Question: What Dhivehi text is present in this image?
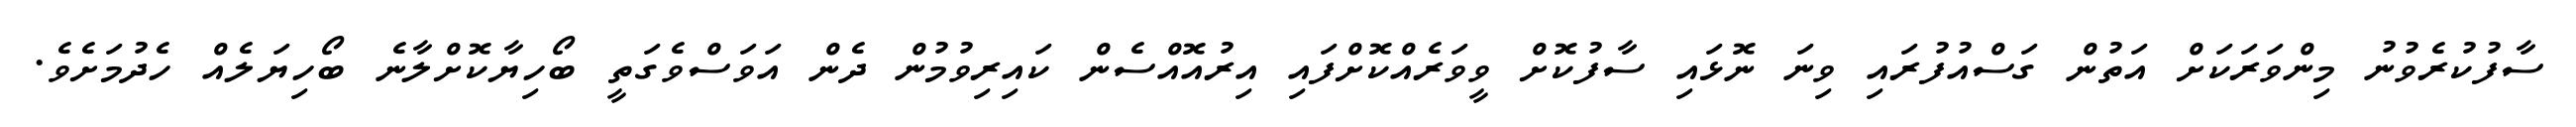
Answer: ސާފުކުރެވުނު މިންވަރަކަށް އަތުން ގަސްއުފުރައި ވިނަ ނޮޅައި ސާފުކޮށް ވީވަރެއްކޮށްފައި އިރުއޮއްސެން ކައިރިވުމުން ދެން އަވަސްވެގަތީ ބޯހިޔާކޮށްލާނެ ބޯހިޔަލެއް ހެދުމަށެވެ.